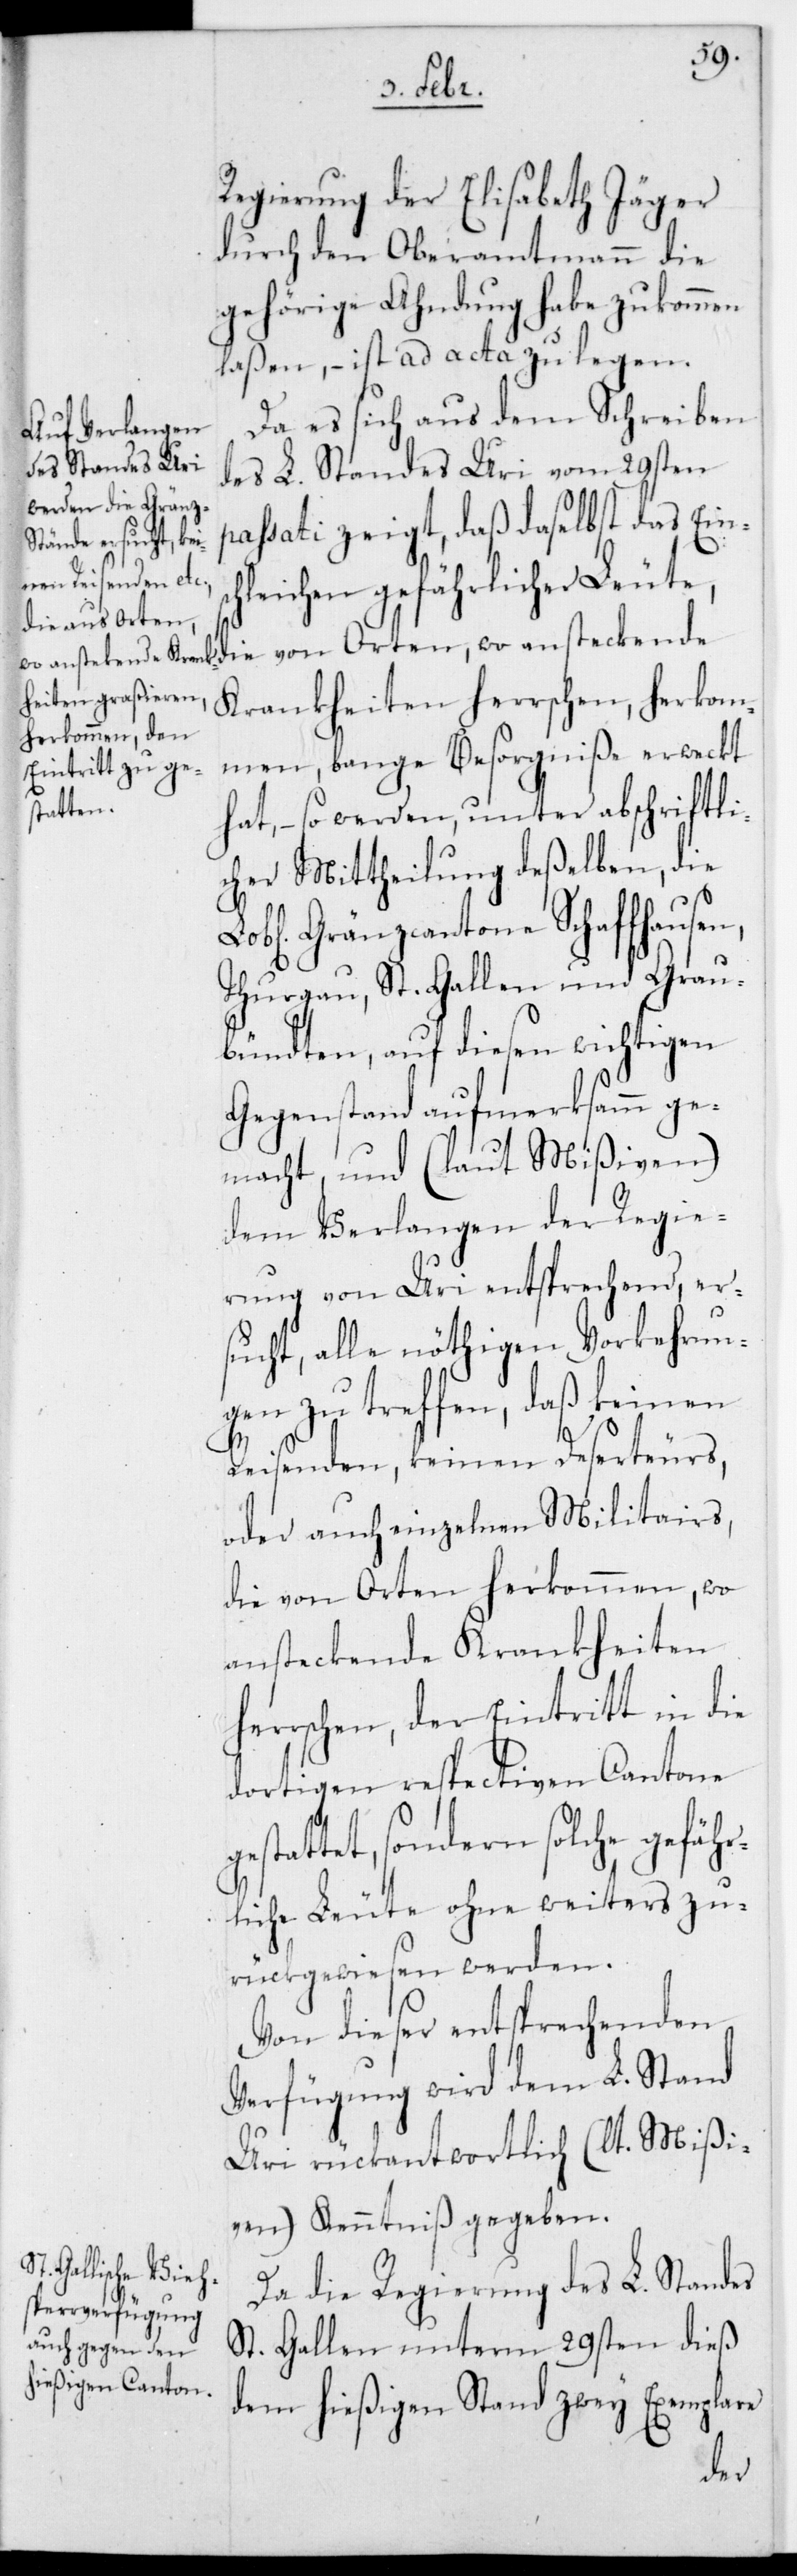
Regierung der Elisabeth Jäger
durch den Oberamtmann die
gehörige Ahndung habe zukommen
laßen, – ist ad acta zu legen.
Da es sich aus dem Schreiben
des L. Standes Uri vom 29sten
passati zeigt, daß daselbst das Eins¬
chleichen gefährlicher Leute,
die von Orten, wo ansteckende
Krankheiten herrschen, herkom¬
men, bange Besorgniß erweckt
hat, – so werden, unter abschriftli¬
cher Mittheilung deßelben, die
Lobl. Gränzcantone Schaffhaus¬
Thurgau, St. Gallen und Grau¬
bündten, auf diesen wichtigen
Gegenstand aufmerksamm ge¬
macht, und (laut Mißiven)
dem Verlangen der Regie¬
rung von Uri entsprechend er¬
sucht, alle nöthigen Vorkehrun¬
gen zu treffen, daß keinen
Reisenden, keinen Deserteurs,
oder auch einzelnen Militairs,
die von Orten herkommen, wo
ansteckende Krankheiten
herrschen, der Eintritt in die
dortigen respectiven Cantone
stattet, sondern solche gefäh¬
rliche Leute ohne weiters zu¬
rückgewiesen werden.
Von dieser entsprechenden
Verfügung wird dem L. Stand
Uri rückantwortlich (lt. Mißi¬
ven) Kenntniß gegeben.
Da die Regierung des L. Standes
St. Gallen unterm 29sten dieß
dem hießigen Stand zwey Exemplare
ge¬